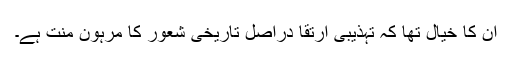
ان کا خیال تھا کہ تہذیبی ارتقا دراصل تاریخی شعور کا مرہون منت ہے۔